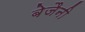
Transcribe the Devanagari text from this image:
बेजैनी